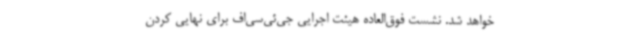
خواهد شد. نشست فوق‌العاده هیئت اجرایی جی‌ئی‌سی‌اف برای نهایی کردن